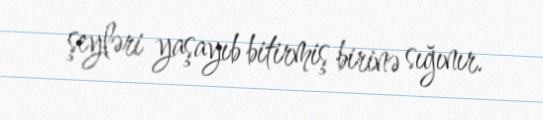
şeyləri yaşayıb bitirmiş birinə sığınır.